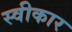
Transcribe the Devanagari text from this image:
स्वीकार